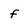
Character: f